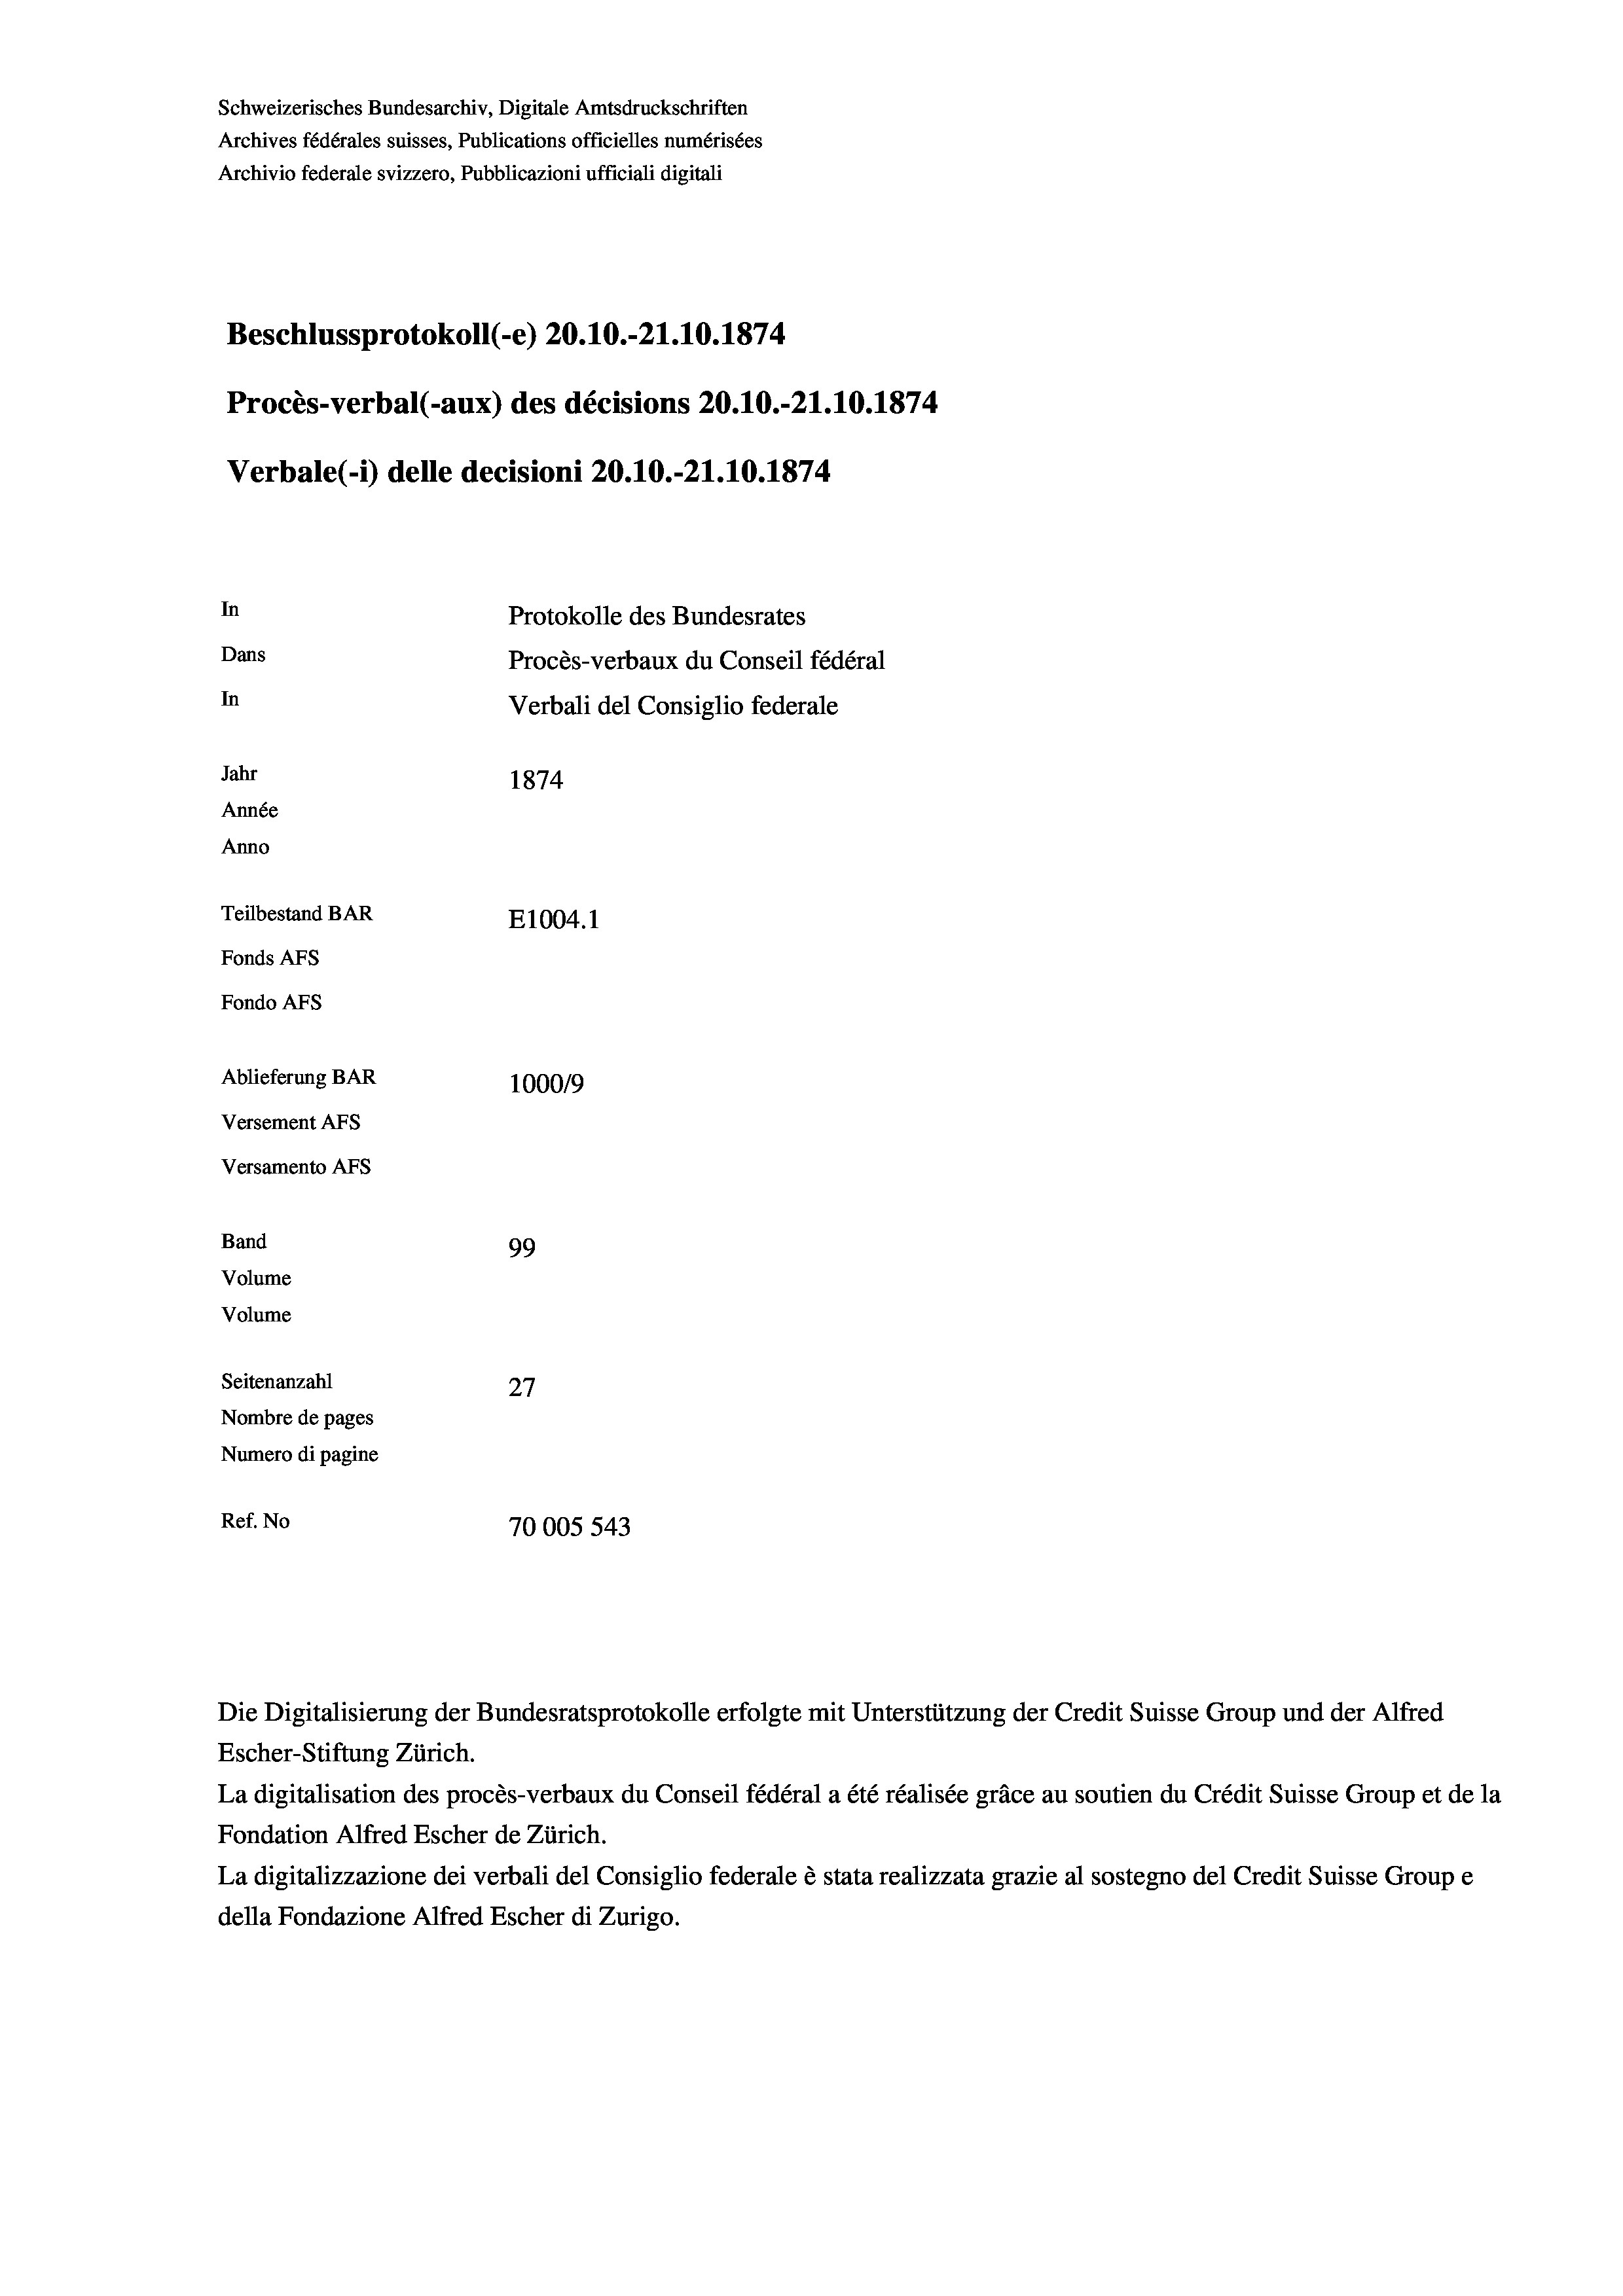
Schweizerisches Bundesarchiv, Digitale Amtsdruckschriften
Archives fédérales suisses, Publications officielles numérisées
Archivio federale svizzero, Pubblicazioni ufficiali digitali
Beschlussprotokoll (-e) 20.10.-21.10.1874
Procès-verbal (-aux) des décisions 20.10.-21.10.1874
Verbale(-*) delle decisioni 20.10.-21.10.1874
In
Protokolle des Bundesrates
Dans
Procès-verbaux du Conseil fédéral
In
Verbali del Consiglio federale
Jahr
1874
Année
Anno
Teilbestand BAR
E1004.1
Fonds AFs
Fondo AFS
Ablieferung BAR
100019
Versement AFs
Versamento Afs
Band
99
Volume
Volume
Seitenanzahl
27
Nombre de pages
Numero di pagine
Ref. No
70005 543

Die Digitalisierung der Bundesratsprotokolle erfolgte mit Unterstützung der Credit Suisse Group und der Alfred
Escher-Stiftung Zürich.
La digitalisation des procès-verbaux du Conseil fédéral a été réalisée gräce au soutien du Crédit Suisse Group et de la
Fondation Alfred Escher de Zürich.
La digitalizzazione dei verbali del Consiglio federale è stata realizzata grazie al sostegno del Credit Suisse Groupe
della Fondazione Alfred Escher di Zurigo.